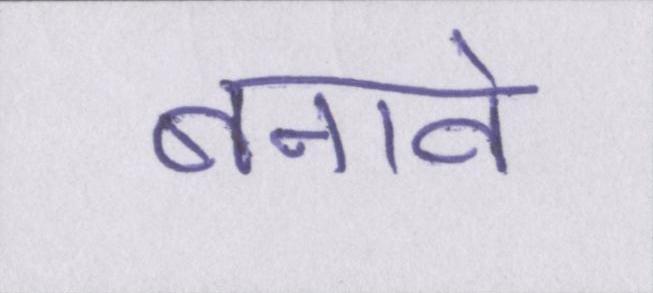
बनावे